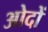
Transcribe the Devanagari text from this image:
ओदों